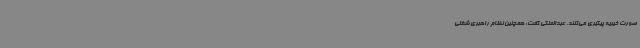
صورت خیریه پیگیری می‌کنند. عبدالملکی گفت: همچنین نظام راهبری شغلی